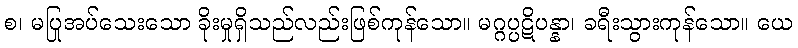
စ၊ မပြုအပ်သေးသော ခိုးမှုရှိသည်လည်းဖြစ်ကုန်သော။ မဂ္ဂပ္ပဋိပန္နာ၊ ခရီးသွားကုန်သော။ ယေ